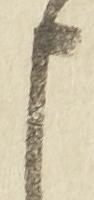
申